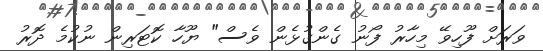
ވަރަށް ފޫހިވޭ މިހާރު ފޯނު ގެންގުޅެން ވެސް" ޔޫހާ ކޮޓަރިން ނުކުމެ ދޮރު